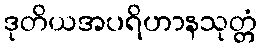
ဒုတိယအပရိဟာနသုတ္တံ